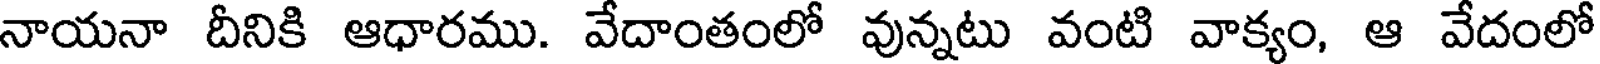
నాయనా దీనికి ఆధారము. వేదాంతంలో వున్నటు వంటి వాక్యం, ఆ వేదంలో